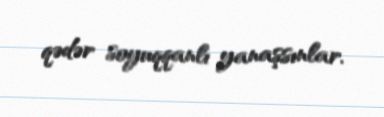
qədər soyuqqanlı yanaşsınlar.